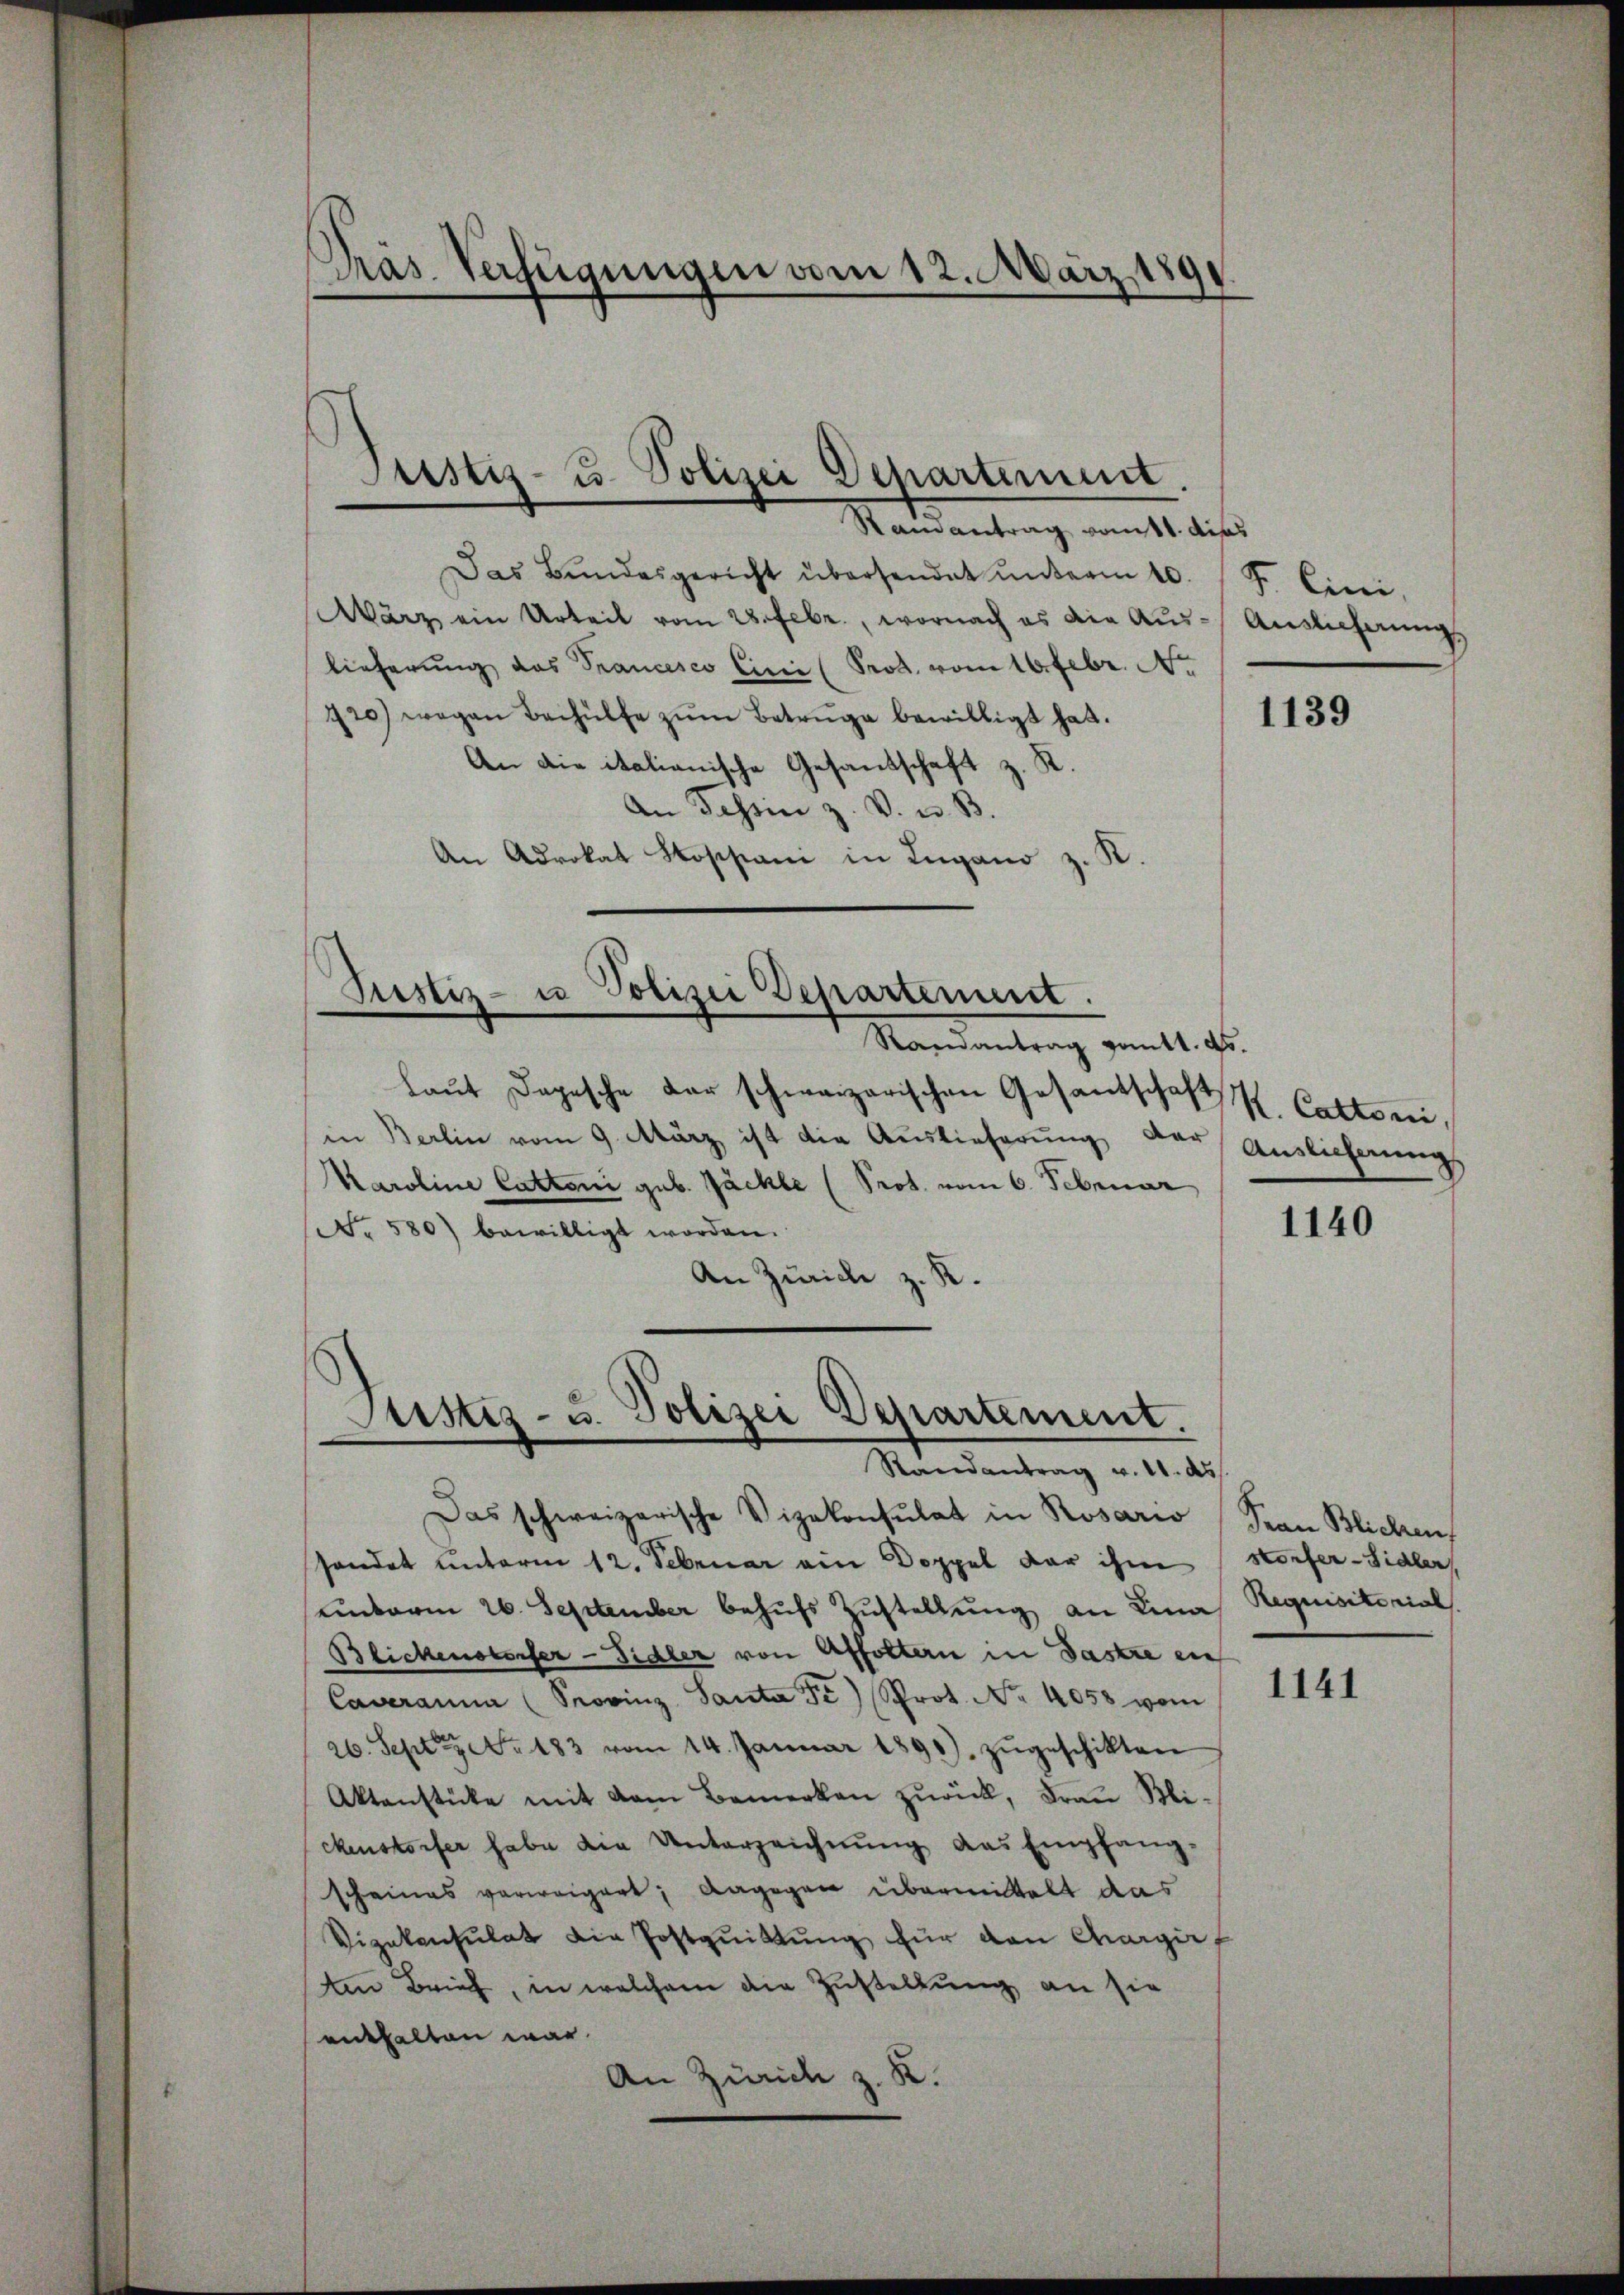
Pras. Verfügungen vom 12. März 1891

Justiz- u. Polizei Departement.

Samantrag ratt. dies
Das Bŭndesgericht übersendet ŭnterm 10. F. Ciri,
Wärz ein Urteil vom 28. Febr., wornach es die Aus- Auslieferung
lieferung das Francesco Cinie (Prod. vom 10. Febr. Ar
720) wegen Beihülfe zŭm Betrüge bewilligt hat.
An die italionische Gesandschaft z. R.
An Tessin z. V. u. B.
An Advokat Stoppani in Lugano z. K.

Pustiz- u Polizei Departement.
e
Mandantrag vom 11. d.

laŭt Depesche der schweizerischen Gesandschaft K. Cattorii,
in Berlin vom 9. März ist die Auslieferung der Auslieferung
Karoline Cattoni geb. Jäckle (Prot. vom 6. Februar
No 580) bewilligt worden.
An Zürich z. R.

Rustiz- u. Polizei Departement.
e
Randantrag v. 11. ds.

Das schweizerische Vizekonsulat in Rosario Sean Blicken,
handet unterm 12. Februar ein Doppel der ihm storfer-Sidler
uinterm 26. September behufs Zustellung an Lina Requisitorials
Blickenstorfer-Fidler von Affoltern in Gastre en
Caveranna (Provinz Santa Fr.) Prot. No. 4058 vom
26. Sept No. 183 vom 14. Januar 1893) zŭgeschikten
Aktenstücke mit dem Bemerken zŭrück, Frau Bli-
ckenstorfer habe die Unterzeichnŭng das Empfang-
scheines verweigert; dagegen übermittelt das
Vizekonsulat die Postquittung für den Chargief
Am Brief, in welchem die Zustellung an sie
enthalten war.
An Zürich z. R.

1139

1140

1141